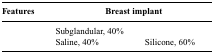
<table><thead><tr><td><b>Features</b></td><td colspan="2"><b>Breast implant</b></td></tr></thead><tbody><tr><td>[EMPTY_CELL]</td><td>Subglandular, 40%</td><td>[EMPTY_CELL]</td></tr><tr><td>[EMPTY_CELL]</td><td>Saline, 40%</td><td>Silicone, 60%</td></tr></tbody></table>